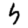
Digit: 5